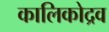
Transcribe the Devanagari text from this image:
कालिकोद्रव